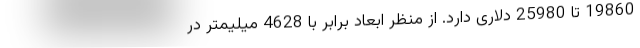
19860 تا 25980 دلاری دارد. از منظر ابعاد برابر با 4628 میلیمتر در